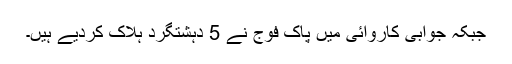
جبکہ جوابی کاروائی میں پاک فوج نے 5 دہشتگرد ہلاک کردیے ہیں۔